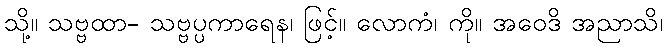
သို့။ သဗ္ဗထာ- သဗ္ဗပ္ပကာရေန၊ ဖြင့်။ လောကံ၊ ကို။ အဝေဒိ အညာသိ၊